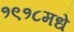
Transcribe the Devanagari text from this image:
१९१८मधे